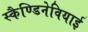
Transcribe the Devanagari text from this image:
स्कैण्डिनेवियाई